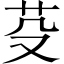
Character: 芟